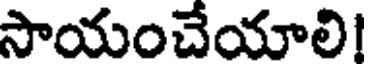
సాయంచేయాలి!